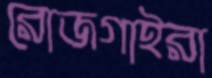
রোজগাইরা